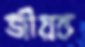
জীয়ন্ত